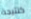
كنتيجة